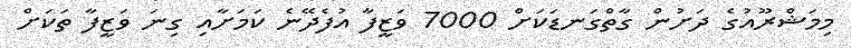
މިމަޝްރޫއުގެ ދަށުން ގާތްގަނޑަކަށް 7000 ވަޒީފާ އުފެދޭނެ ކަމަށާއި ގިނަ ވަޒީފާ ތަކަށް